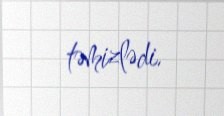
təmizlədi.